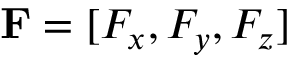
{ \bf { F } } = [ { F _ { x } } , { F _ { y } } , { F _ { z } } ]